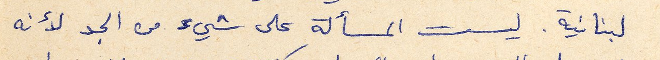
لبنانية. ليست المسألة على شيئ من الجد لأنه